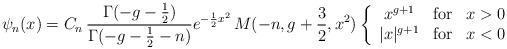
LaTeX: \begin{align*}\psi_{n}(x) = C_{n}\,\frac{\Gamma(-g-{1\over 2})}{\Gamma(-g-{1\over2}-n)}e^{-{1\over 2}x^{2}}\,M(-n,g+{3\over2},x^{2})\left\{\begin{array}{cll} x^{g+1}& {\rm for} & x>0\\ |x|^{g+1}& {\rm for} & x<0 \end{array}\right.\end{align*}